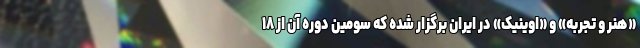
«هنر و تجربه» و «اوینیک» در ایران برگزار شده که سومین دوره آن از ۱۸